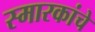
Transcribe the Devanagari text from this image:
स्मारकांचे